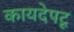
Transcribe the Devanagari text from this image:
कायदेपटू